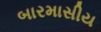
બારમાસીય